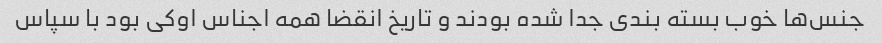
جنس‌ها خوب بسته بندی جدا شده بودند و تاریخ انقضا همه اجناس اوکی بود با سپاس